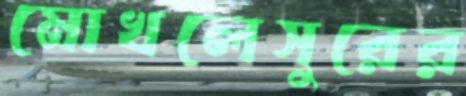
মোখলেসুরের